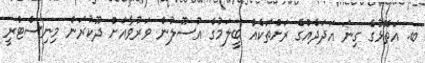
ބ. އަތޮޅުގެ ގިނަ އަދަދެއްގެ ރަށްތަކެއް ބީލަމުގެ އުސޫލުން ވަރުވާއަށް ދޫކުރަން މިނިސްޓްރީ